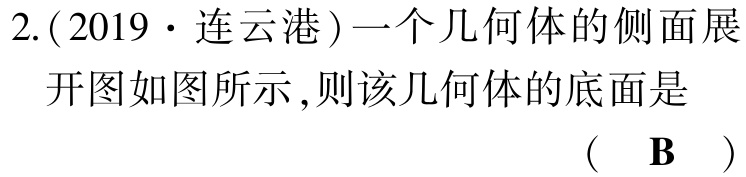
2.(2019·连云港)一个几何体的侧面展开图如图所示,则该几何体的底面是

( B )